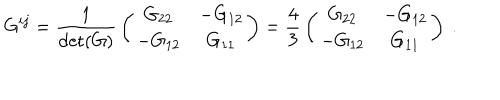
G ^ { i j } = { \frac { 1 } { \det ( G ) } } \left( \begin{array} { c c } { { G _ { 2 2 } } } & { { - G _ { 1 2 } } } \\ { { - G _ { 1 2 } } } & { { G _ { 1 1 } } } \\ \end{array} \right) = { \frac { 4 } { 3 } } \left( \begin{array} { c c } { { G _ { 2 2 } } } & { { - G _ { 1 2 } } } \\ { { - G _ { 1 2 } } } & { { G _ { 1 1 } } } \\ \end{array} \right) ~ .